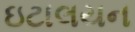
ઇટાલયન